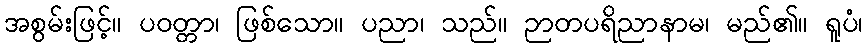
အစွမ်းဖြင့်။ ပဝတ္တာ၊ ဖြစ်သော။ ပညာ၊ သည်။ ဉာတပရိညာနာမ၊ မည်၏။ ရူပံ၊